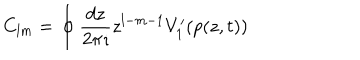
C _ { l m } = \oint \frac { d z } { 2 \pi \imath } z ^ { l - m - 1 } V _ { 1 } ^ { \prime } ( p ( z , t ) )